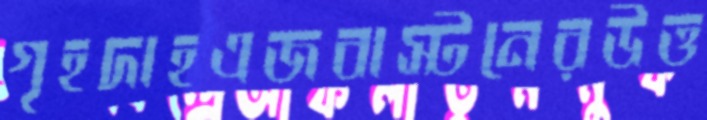
গৃহদাহএজবাস্টনেরউত্ত